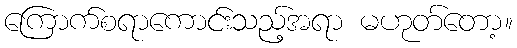
ကြောက်စရာကောင်းသည့်အရာ မဟုတ်တော့။